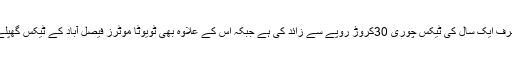
ذرائع کے مطابق ٹویوٹا موٹرز فیصل آباد کی صرف ایک سال کی ٹیکس چوری 30کروڑ روپے سے زائد کی ہے جبکہ اس کے علاوہ بھی ٹویوٹا موٹرز فیصل آباد کے ٹیکس گھپلے اور ٹیکس چوری کے واقعات سامنے آئے ہیں۔